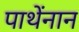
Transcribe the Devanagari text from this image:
पाथेंनान